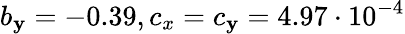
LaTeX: b_{\mathbf{y}}=-0.39,c_{x}=c_{\mathbf{y}}=4.97\cdot10^{-4}